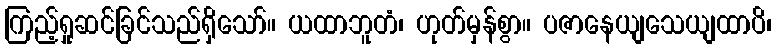
ကြည့်ရှုဆင်ခြင်သည်ရှိသော်။ ယထာဘူတံ၊ ဟုတ်မှန်စွာ။ ပဇာနေယျသေယျထာပိ၊